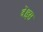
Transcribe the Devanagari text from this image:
दें।इस